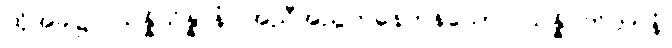
ထိုအခါ၌။ သန္နိသိန္နာနံ၊ အညီအညွတ်နေကုန်သော။ သန္နိပတိတာနံ၊